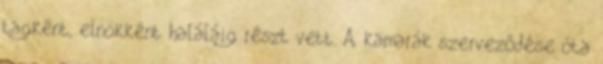
tagként, elnökként haláláig részt vett. A kamarák szervezôdése óta